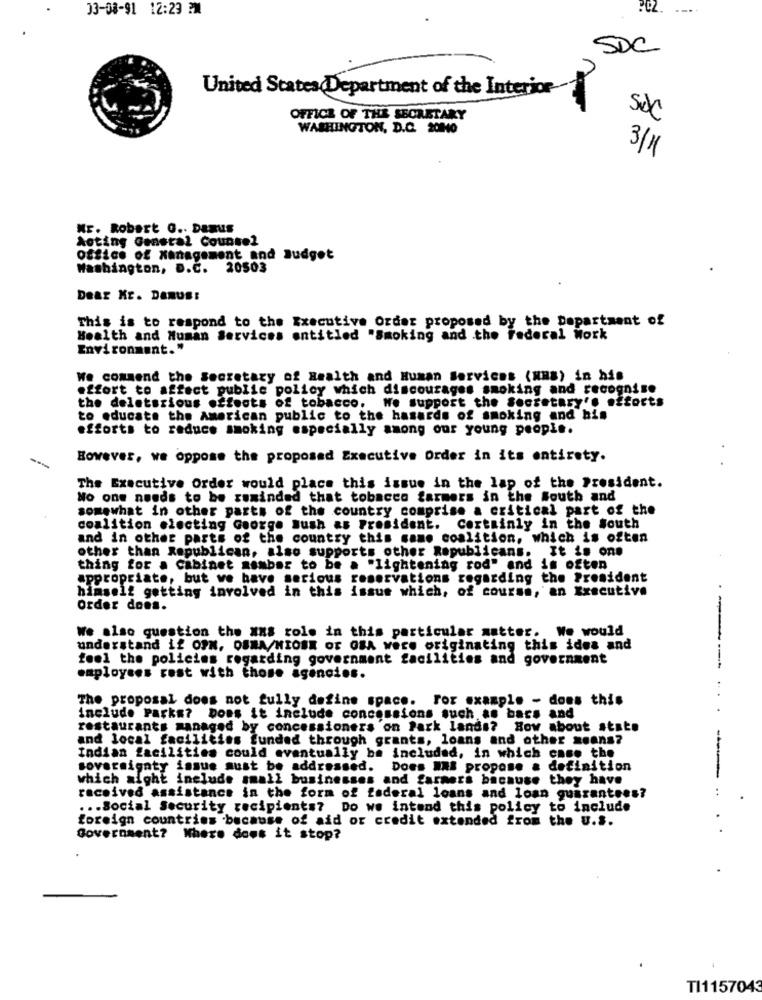
33-08-91 12:23 PM
--.
SDC
United States Department of the Interior-
OFFICE OF THE SECRETARY
soc
WASHINGTON, D.C. 2040
3/1
Mr. Robert G .. Damus
Acting General Counsel
office of Management and Judgot
Washington, D.C. 20503
Dear Mr. Damus:
This is to respond to the Executive Order proposed by the Department of
Health and Human Services entitled "Smoking and the Federal Work
Environment."
We commend the Secretary of Health and Human Services (NRB) in his
effort to affect public policy which discourages smoking and recognise
the deletsrious effects of tobacco. We support the Secretary's efforts
to educate the American public to the hasards of smoking and his
efforts to reduce smoking especially among our young people.
However, we oppose the proposed Executive Order in its entirety.
The Executive Order would place this issue in the lap of the President.
No one needs to be reminded that tobacco farmers in the South and
somewhat in other parts of the country comprise a critical part of the
coalition electing George Bush as President. Certainly in the south
and in other parts of the country this same coalition, which is often
other than Republican, also supports other Republicans. It is one
thing for a Cabinet member to be a "lightening rod" and is often
appropriate, but we have serious reservations regarding the President
himself getting involved in this issue which, of course, an Executive
order does.
We also question the xxs role in this particular matter. We would
--
understand if OPN. OSMA/HIOBR OF OBA were originating this ides and
feel the policies regarding government facilities and government
----
employees rest with those agencies.
The proposal does not fully define space. For example - does this
include Parks? Does it include concessions such an bars and
restaurants managed by concessioners on Park lands? How about state
and local facilities funded through grants, loans and other means?
Indian facilities could eventually be included, in which case the
sovereignty issue must be addressed. Does WAS propose a definition
which aight include small businesses and farmers because they have
received assistance in the form of federal loans and loan guarantees?
... Social Security recipients? Do we intend this policy to include
foreign countries because of aid or credit extended from the U.S.
Government? Where does it stop?
TI1157043